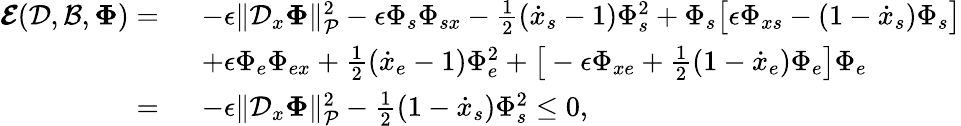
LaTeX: \begin{array}{rl}{\boldsymbol{\mathcal{E}}(\mathcal{D},\mathcal{B},\boldsymbol{\Phi})=\ }&{-\epsilon\| \mathcal{D}_{x}\boldsymbol{\Phi}\| _{\mathcal{P}}^{2}-\epsilon\Phi_{s}\Phi_{sx}-\frac{1}{2}(\dot{x}_{s}-1)\Phi_{s}^{2}+\Phi_{s}\big[\epsilon\Phi_{xs}-(1-\dot{x}_{s})\Phi_{s}\big]}\\ {\ }&{+\epsilon\Phi_{e}\Phi_{ex}+\frac{1}{2}(\dot{x}_{e}-1)\Phi_{e}^{2}+\big[-\epsilon\Phi_{xe}+\frac{1}{2}(1-\dot{x}_{e})\Phi_{e}\big]\Phi_{e}}\\ {=\ }&{-\epsilon\| \mathcal{D}_{x}\boldsymbol{\Phi}\| _{\mathcal{P}}^{2}-\frac{1}{2}(1-\dot{x}_{s})\Phi_{s}^{2}\leq 0,}\end{array}